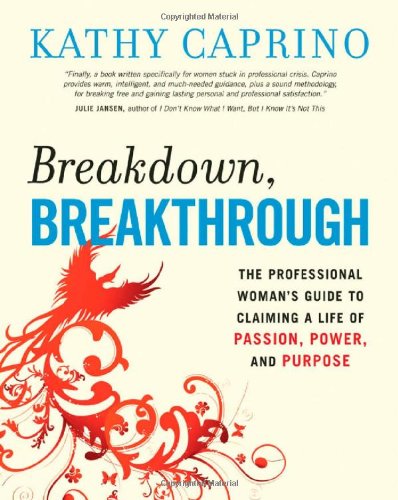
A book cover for Breakdown, Breakthrough: The Professional Woman's Guide to Claiming a Life of Passion, Power, and Purpose; Kathy Caprino; Self-Help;